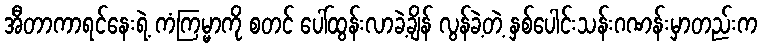
အီတာကာရင်နေးရဲ့ ကံကြမ္မာကို စတင် ပေါ်ထွန်းလာခဲ့ချိန် လွန်ခဲ့တဲ့ နှစ်ပေါင်းသန်းဂဏန်းမှာတည်းက